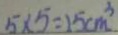
5 \times 5 = 2 5 c m ^ { 3 }